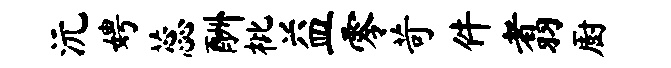
沅娉蕊酬枇益零苛件翥厨